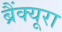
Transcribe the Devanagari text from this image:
ब्रैंक्यूरा